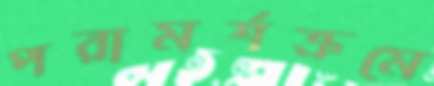
পরামর্শক্রমে